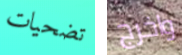
تضحيات واخرج